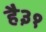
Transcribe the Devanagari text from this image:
है३१